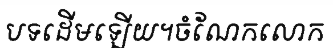
បទដើមឡើយ។ចំណែកលោក